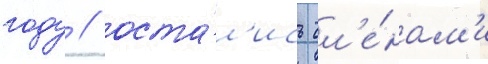
году / оста́л'ись чл'е́нам'и